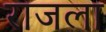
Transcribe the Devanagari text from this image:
राजला